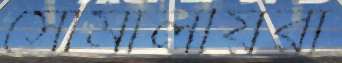
সোমালীয়রা